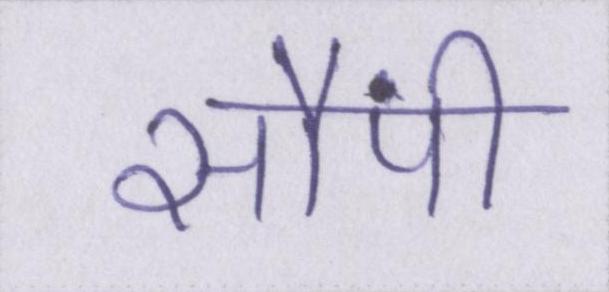
सौंपी